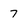
Character: 7